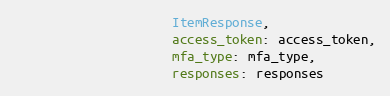
Language: Ruby
                     ItemResponse,
                     access_token: access_token,
                     mfa_type: mfa_type,
                     responses: responses